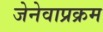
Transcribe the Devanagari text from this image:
जेनेवाप्रक्रम